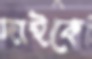
দাইকে